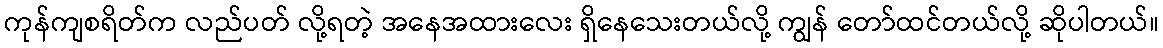
ကုန်ကျစရိတ်က လည်ပတ် လို့ရတဲ့ အနေအထားလေး ရှိနေသေးတယ်လို့ ကျွန် တော်ထင်တယ်လို့ ဆိုပါတယ်။